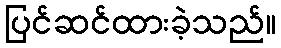
ပြင်ဆင်ထားခဲ့သည်။